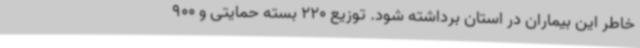
خاطر این بیماران در استان برداشته شود. توزیع 220 بسته حمایتی و 900